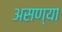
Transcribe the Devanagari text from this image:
असण्या